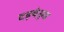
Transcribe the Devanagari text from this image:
दड़बेनुमा